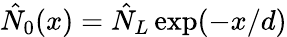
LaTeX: \hat{N}_{0}(x)=\hat{N}_{L}\exp(-x/d)